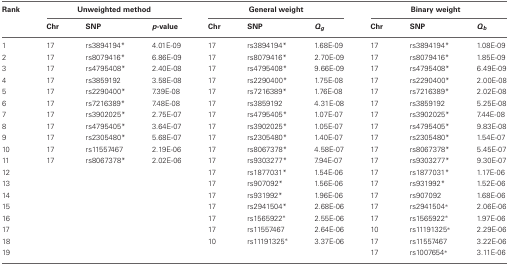
<table><thead><tr><td><b>Rank</b></td><td colspan="3"><b>Unweighted method</b></td><td colspan="3"><b>General weight</b></td><td colspan="3"><b>Binary weight</b></td></tr><tr><td></td><td><b>Chr</b></td><td><b>SNP</b></td><td><b><i>p</i>-value</b></td><td><b>Chr</b></td><td><b>SNP</b></td><td><b><i>Q</i><sub><i>g</i></sub></b></td><td><b>Chr</b></td><td><b>SNP</b></td><td><b><i>Q</i><sub><i>b</i></sub></b></td></tr></thead><tbody><tr><td>1</td><td>17</td><td>rs3894194<sup>*</sup></td><td>4.01E-09</td><td>17</td><td>rs3894194<sup>*</sup></td><td>1.68E-09</td><td>17</td><td>rs3894194<sup>*</sup></td><td>1.08E-09</td></tr><tr><td>2</td><td>17</td><td>rs8079416<sup>*</sup></td><td>6.86E-09</td><td>17</td><td>rs8079416<sup>*</sup></td><td>2.70E-09</td><td>17</td><td>rs8079416<sup>*</sup></td><td>1.85E-09</td></tr><tr><td>3</td><td>17</td><td>rs4795408<sup>*</sup></td><td>2.40E-08</td><td>17</td><td>rs4795408<sup>*</sup></td><td>9.66E-09</td><td>17</td><td>rs4795408<sup>*</sup></td><td>6.49E-09</td></tr><tr><td>4</td><td>17</td><td>rs3859192</td><td>3.58E-08</td><td>17</td><td>rs2290400<sup>*</sup></td><td>1.75E-08</td><td>17</td><td>rs2290400<sup>*</sup></td><td>2.00E-08</td></tr><tr><td>5</td><td>17</td><td>rs2290400<sup>*</sup></td><td>7.39E-08</td><td>17</td><td>rs7216389<sup>*</sup></td><td>1.76E-08</td><td>17</td><td>rs7216389<sup>*</sup></td><td>2.02E-08</td></tr><tr><td>6</td><td>17</td><td>rs7216389<sup>*</sup></td><td>7.48E-08</td><td>17</td><td>rs3859192</td><td>4.31E-08</td><td>17</td><td>rs3859192</td><td>5.25E-08</td></tr><tr><td>7</td><td>17</td><td>rs3902025<sup>*</sup></td><td>2.75E-07</td><td>17</td><td>rs4795405<sup>*</sup></td><td>1.07E-07</td><td>17</td><td>rs3902025<sup>*</sup></td><td>7.44E-08</td></tr><tr><td>8</td><td>17</td><td>rs4795405<sup>*</sup></td><td>3.64E-07</td><td>17</td><td>rs3902025<sup>*</sup></td><td>1.05E-07</td><td>17</td><td>rs4795405<sup>*</sup></td><td>9.83E-08</td></tr><tr><td>9</td><td>17</td><td>rs2305480<sup>*</sup></td><td>5.68E-07</td><td>17</td><td>rs2305480<sup>*</sup></td><td>1.40E-07</td><td>17</td><td>rs2305480<sup>*</sup></td><td>1.54E-07</td></tr><tr><td>10</td><td>17</td><td>rs11557467</td><td>2.19E-06</td><td>17</td><td>rs8067378<sup>*</sup></td><td>4.58E-07</td><td>17</td><td>rs8067378<sup>*</sup></td><td>5.45E-07</td></tr><tr><td>11</td><td>17</td><td>rs8067378<sup>*</sup></td><td>2.02E-06</td><td>17</td><td>rs9303277<sup>*</sup></td><td>7.94E-07</td><td>17</td><td>rs9303277<sup>*</sup></td><td>9.30E-07</td></tr><tr><td>12</td><td></td><td></td><td></td><td>17</td><td>rs1877031<sup>*</sup></td><td>1.54E-06</td><td>17</td><td>rs1877031<sup>*</sup></td><td>1.17E-06</td></tr><tr><td>13</td><td></td><td></td><td></td><td>17</td><td>rs907092<sup>*</sup></td><td>1.56E-06</td><td>17</td><td>rs931992<sup>*</sup></td><td>1.52E-06</td></tr><tr><td>14</td><td></td><td></td><td></td><td>17</td><td>rs931992<sup>*</sup></td><td>1.96E-06</td><td>17</td><td>rs907092</td><td>1.68E-06</td></tr><tr><td>15</td><td></td><td></td><td></td><td>17</td><td>rs2941504<sup>*</sup></td><td>2.68E-06</td><td>17</td><td>rs2941504<sup><sup>*</sup></sup></td><td>2.06E-06</td></tr><tr><td>16</td><td></td><td></td><td></td><td>17</td><td>rs1565922<sup><sup>*</sup></sup></td><td>2.55E-06</td><td>17</td><td>rs1565922<sup><sup>*</sup></sup></td><td>1.97E-06</td></tr><tr><td>17</td><td></td><td></td><td></td><td>17</td><td>rs11557467</td><td>2.64E-06</td><td>10</td><td>rs11191325<sup><sup>*</sup></sup></td><td>2.29E-06</td></tr><tr><td>18</td><td></td><td></td><td></td><td>10</td><td>rs11191325<sup><sup>*</sup></sup></td><td>3.37E-06</td><td>17</td><td>rs11557467</td><td>3.22E-06</td></tr><tr><td>19</td><td></td><td></td><td></td><td></td><td></td><td></td><td>17</td><td>rs1007654<sup><sup>*</sup></sup></td><td>3.11E-06</td></tr></tbody></table>